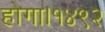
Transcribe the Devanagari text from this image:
होगा।१४९२